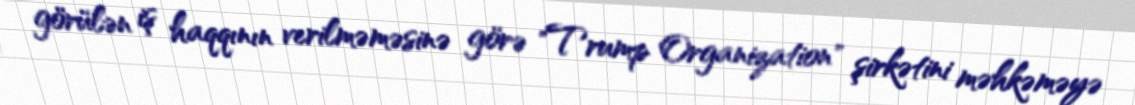
görülən iş haqqının verilməməsinə görə "Trump Organization" şirkətini məhkəməyə